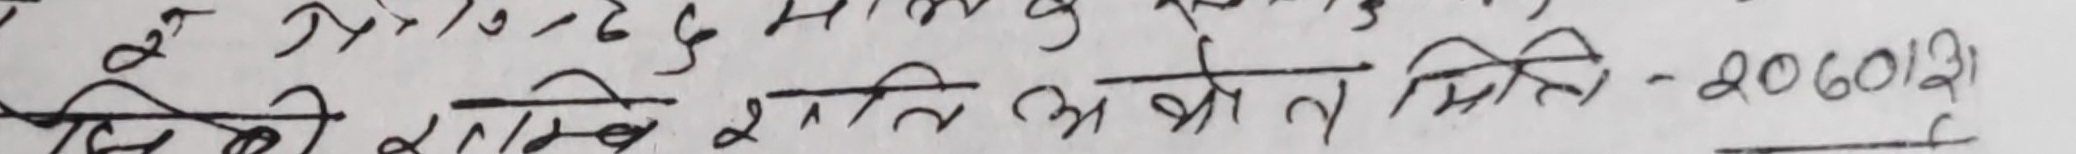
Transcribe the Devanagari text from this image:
रे २ अ १०/२/६९ मालिक मजदुर
तिनी ही शामिल प्रति भोलि मिति - २०६०१३१